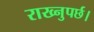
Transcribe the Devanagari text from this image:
राख्नुपर्छ।